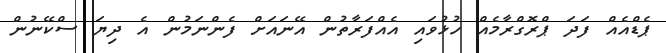
ޕެޑްއެއް ފަދަ ޕްރޮގްރާމެއް ހުޅުވައި އެއްފަރާތުން އޭނައަށް ފެންނަމުން އެ ދިޔަ ސްކޭނުން